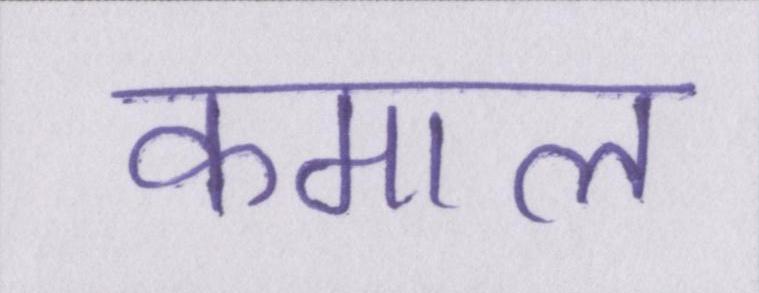
कमाल